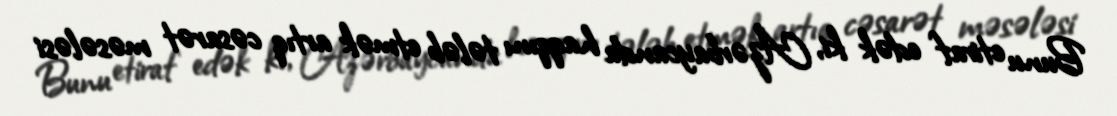
Bunu etiraf edək ki, Azərbaycanda haqqını tələb etmək artıq cəsarət məsələsi